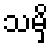
သမှိ